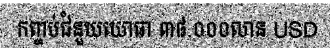
កញ្ចប់ជំនួយយោធា ៣៨.០០០លាន USD